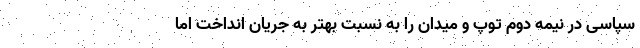
سپاسی در نیمه دوم توپ و میدان را به نسبت بهتر به جریان انداخت اما